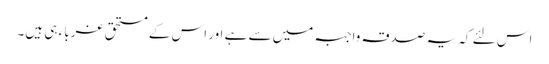
اس لئے کہ یہ صدقہ واجبہ میں سے ہے اور اس کے مستحق غرباء ہی ہیں۔